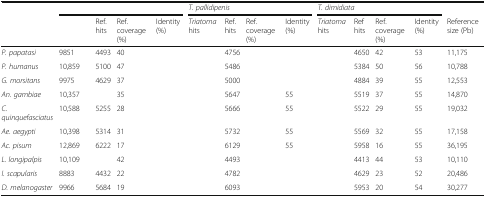
<table><thead><tr><td>[EMPTY_CELL]</td><td colspan="4">[EMPTY_CELL]</td><td colspan="4"><b><i>T. pallidipenis</i></b></td><td colspan="4"><b><i>T. dimidiata</i></b></td><td>[EMPTY_CELL]</td></tr><tr><td>[EMPTY_CELL]</td><td>[EMPTY_CELL]</td><td><b>Ref. hits</b></td><td><b>Ref. coverage (%)</b></td><td><b>Identity (%)</b></td><td><b><i>Triatoma</i> hits</b></td><td><b>Ref. hits</b></td><td><b>Ref. coverage (%)</b></td><td><b>Identity (%)</b></td><td><b><i>Triatoma</i> hits</b></td><td><b>Ref hits</b></td><td><b>Ref. coverage (%)</b></td><td><b>Identity (%)</b></td><td><b>Reference size (Pb)</b></td></tr></thead><tbody><tr><td><i>P. papatasi</i></td><td>9851</td><td>4493</td><td>40</td><td>[EMPTY_CELL]</td><td>[EMPTY_CELL]</td><td>4756</td><td>[EMPTY_CELL]</td><td>[EMPTY_CELL]</td><td>[EMPTY_CELL]</td><td>4650</td><td>42</td><td>53</td><td>11,175</td></tr><tr><td><i>P. humanus</i></td><td>10,859</td><td>5100</td><td>47</td><td>[EMPTY_CELL]</td><td>[EMPTY_CELL]</td><td>5486</td><td>[EMPTY_CELL]</td><td>[EMPTY_CELL]</td><td>[EMPTY_CELL]</td><td>5384</td><td>50</td><td>56</td><td>10,788</td></tr><tr><td><i>G. morsitans</i></td><td>9975</td><td>4629</td><td>37</td><td>[EMPTY_CELL]</td><td>[EMPTY_CELL]</td><td>5000</td><td>[EMPTY_CELL]</td><td>[EMPTY_CELL]</td><td>[EMPTY_CELL]</td><td>4884</td><td>39</td><td>55</td><td>12,553</td></tr><tr><td><i>An. gambiae</i></td><td>10,357</td><td>[EMPTY_CELL]</td><td>35</td><td>[EMPTY_CELL]</td><td>[EMPTY_CELL]</td><td>5647</td><td>[EMPTY_CELL]</td><td>55</td><td>[EMPTY_CELL]</td><td>5519</td><td>37</td><td>55</td><td>14,870</td></tr><tr><td><i>C. quinquefasciatus</i></td><td>10,588</td><td>5255</td><td>28</td><td>[EMPTY_CELL]</td><td>[EMPTY_CELL]</td><td>5666</td><td>[EMPTY_CELL]</td><td>55</td><td>[EMPTY_CELL]</td><td>5522</td><td>29</td><td>55</td><td>19,032</td></tr><tr><td><i>Ae. aegypti</i></td><td>10,398</td><td>5314</td><td>31</td><td>[EMPTY_CELL]</td><td>[EMPTY_CELL]</td><td>5732</td><td>[EMPTY_CELL]</td><td>55</td><td>[EMPTY_CELL]</td><td>5569</td><td>32</td><td>55</td><td>17,158</td></tr><tr><td><i>Ac. pisum</i></td><td>12,869</td><td>6222</td><td>17</td><td>[EMPTY_CELL]</td><td>[EMPTY_CELL]</td><td>6129</td><td>[EMPTY_CELL]</td><td>55</td><td>[EMPTY_CELL]</td><td>5958</td><td>16</td><td>55</td><td>36,195</td></tr><tr><td><i>L. longipalpis</i></td><td>10,109</td><td>[EMPTY_CELL]</td><td>42</td><td>[EMPTY_CELL]</td><td>[EMPTY_CELL]</td><td>4493</td><td>[EMPTY_CELL]</td><td>[EMPTY_CELL]</td><td>[EMPTY_CELL]</td><td>4413</td><td>44</td><td>53</td><td>10,110</td></tr><tr><td><i>I. scapularis</i></td><td>8883</td><td>4432</td><td>22</td><td>[EMPTY_CELL]</td><td>[EMPTY_CELL]</td><td>4782</td><td>[EMPTY_CELL]</td><td>[EMPTY_CELL]</td><td>[EMPTY_CELL]</td><td>4629</td><td>23</td><td>52</td><td>20,486</td></tr><tr><td><i>D. melanogaster</i></td><td>9966</td><td>5684</td><td>19</td><td>[EMPTY_CELL]</td><td>[EMPTY_CELL]</td><td>6093</td><td>[EMPTY_CELL]</td><td>[EMPTY_CELL]</td><td>[EMPTY_CELL]</td><td>5953</td><td>20</td><td>54</td><td>30,277</td></tr></tbody></table>